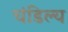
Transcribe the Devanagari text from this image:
चंडिल्य